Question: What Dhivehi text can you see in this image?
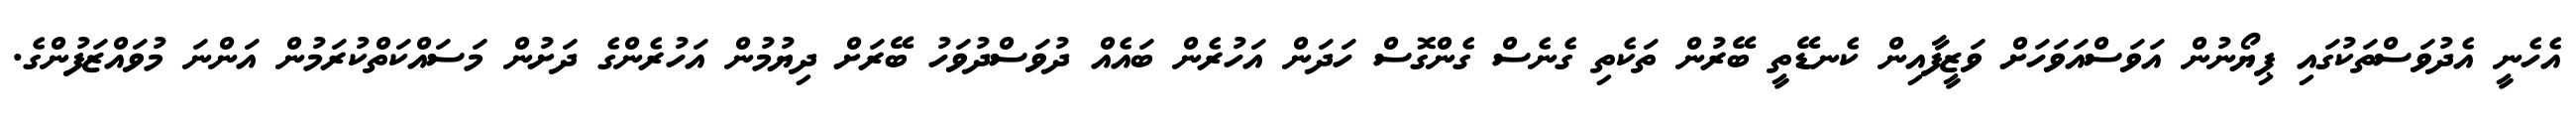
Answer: އެހެނީ އެދުވަސްތަކުގައި ޕިޔޯނުން އަވަސްއަވަހަށް ވަޒީފާއިން ކެނޑޭތީ ބޭރުން ތަކެތި ގެނެސް ގެންގޮސް ހަދަން އަހުރެން ބައެއް ދުވަސްދުވަހު ބޭރަށް ދިޔުމުން އަހުރެންގެ ދަށުން މަސައްކަތްކުރަމުން އަންނަ މުވައްޒަފުންގެ.